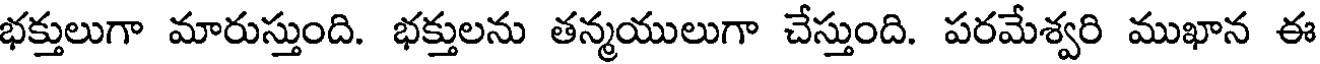
భక్తులుగా మారుస్తుంది. భక్తులను తన్మయులుగా చేస్తుంది. పరమేశ్వరి ముఖాన ఈ